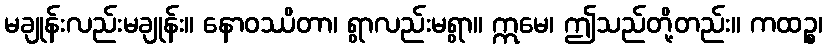
မချုန်းလည်းမချုန်း။ နောဝဿိတာ၊ ရွာလည်းမရွာ။ ဣမေ၊ ဤသည်တို့တည်း။ ကထဉ္စ၊